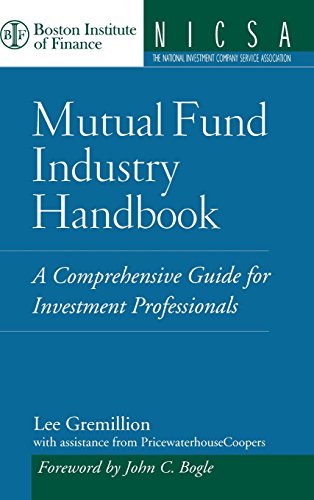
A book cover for Mutual Fund Industry Handbook : A Comprehensive Guide for Investment Professionals; Lee Gremillion; Business & Money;